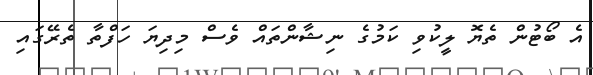
އެ ބޯޓުން ތެޔޮ ލީކުވި ކަމުގެ ނިޝާންތައް ވެސް މިދިޔަ ހަފްތާ ތެރޭގައި